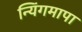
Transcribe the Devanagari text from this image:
न्यिंगमापा